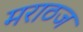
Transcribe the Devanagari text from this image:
मराठज